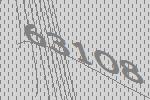
63108